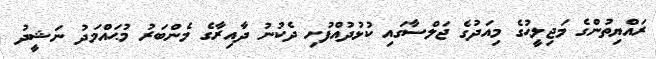
ރައްޔިތުންގެ މަޖިލީޙުގެ މިއަދުގެ ޖަލްސާގައި ކުޅުދުއްފުށި ދެކުނު ދާއިރާގެ މެންބަރު މުޙައްމަދު ނަޝީދު